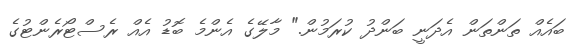
ބައެއް ތަންތަން އެދަނީ ބަންދު ކުރަމުން." މާލޭގެ އެންމެ ބޮޑު އެއް ރެސްޓޯރެންޓުގެ